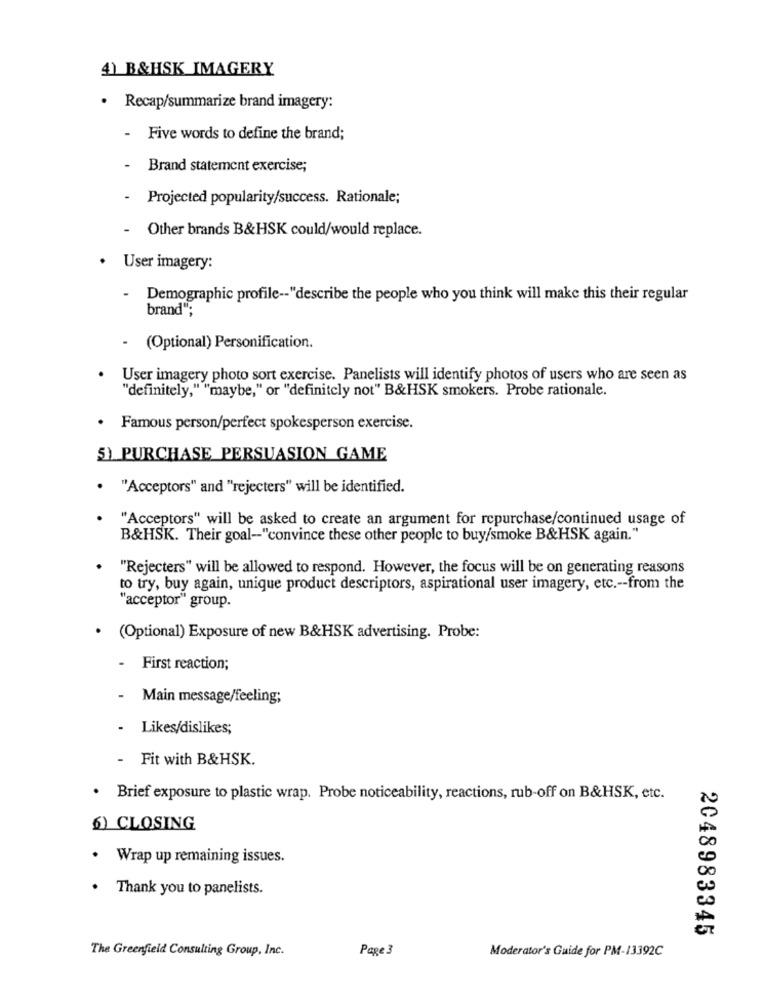
4) B&HSK IMAGERY
· Recap/summarize brand imagery:
- Five words to define the brand;
-
Brand statement exercise;
Projected popularity/success. Rationale;
- Other brands B&HSK could/would replace.
· User imagery:
.
Demographic profile -- "describe the people who you think will make this their regular
brand";
- (Optional) Personification.
User imagery photo sort exercise. Panelists will identify photos of users who are seen as
"definitely,""maybe," or "definitely not" B&HSK smokers. Probe rationale.
Famous person/perfect spokesperson exercise.
5) PURCHASE PERSUASION GAME
"Acceptors" and "rejecters" will be identified.
"Acceptors" will be asked to create an argument for repurchase/continued usage of
B&HSK. Their goal-"convince these other people to buy/smoke B&HSK again."
"Rejecters" will be allowed to respond. However, the focus will be on generating reasons
to try, buy again, unique product descriptors, aspirational user imagery, etc .-- from the
"acceptor" group.
.
(Optional) Exposure of new B&HSK advertising. Probe:
- First reaction;
- Main message/feeling;
Likes/dislikes;
- Fit with B&HSK.
· Brief exposure to plastic wrap. Probe noticeability, reactions, rub-off on B&HSK, etc.
6) CLOSING
. Wrap up remaining issues.
. Thank you to panelists.
2048983345
The Greenfield Consulting Group, Inc.
Page 3
Moderator's Guide for PM-13392C